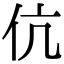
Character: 伉